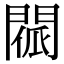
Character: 𨴳